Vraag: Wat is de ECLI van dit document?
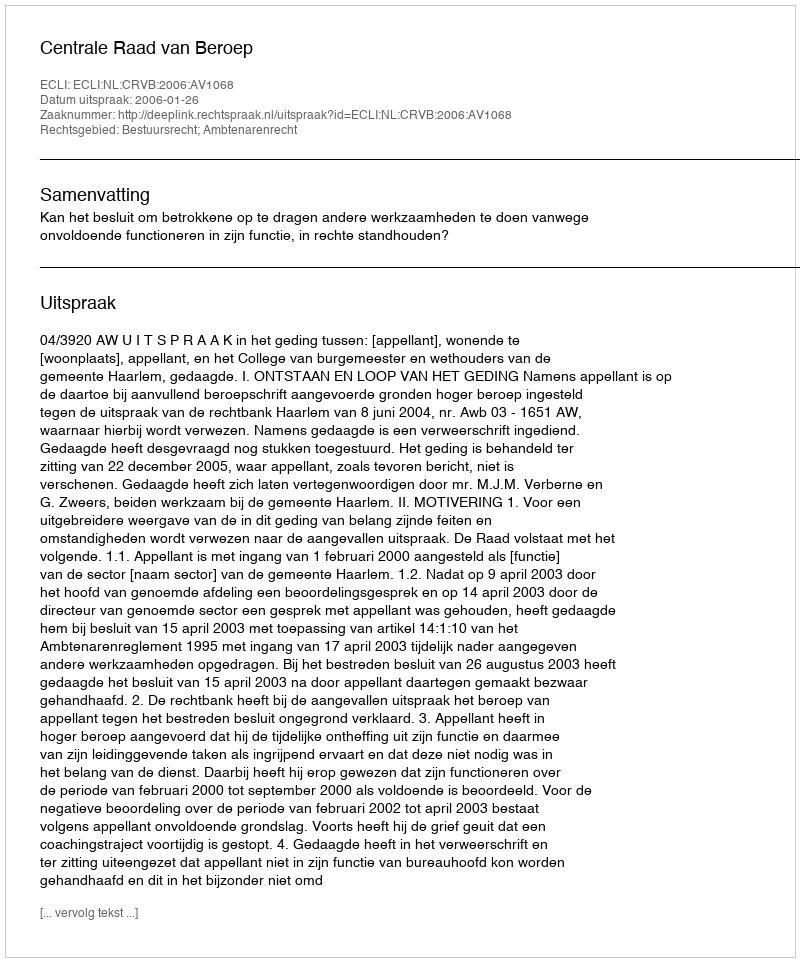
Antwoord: ECLI:NL:CRVB:2006:AV1068